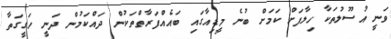
ވަނީ އުސޫލުތަކާ ހިލާފަށް ކަމަށް ބުނެ މީޑިއާގައި ބައެއްފަރާތްތަކުން ދައްކަމުން ދަނީ ހަގީގަތާ